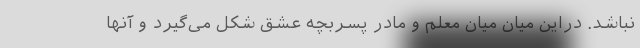
نباشد. دراین میان میان معلم و مادر پسربچه عشق شکل می‌گیرد و آنها